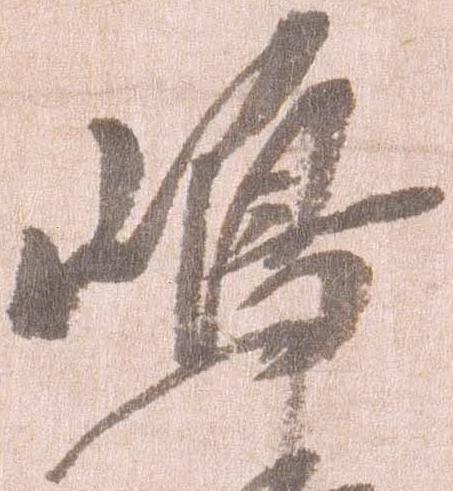
嶋